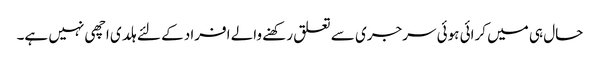
حال ہی میں کرائی ہوئی سرجری سے تعلق رکھنے والے افراد کے لئے ہلدی اچھی نہیں ہے۔